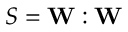
S = \mathbf { W } : \mathbf { W }